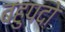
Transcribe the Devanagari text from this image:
बहुपदो